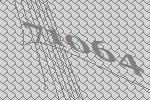
71064